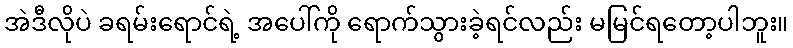
အဲဒီလိုပဲ ခရမ်းရောင်ရဲ့ အပေါ်ကို ရောက်သွားခဲ့ရင်လည်း မမြင်ရတော့ပါဘူး။